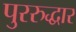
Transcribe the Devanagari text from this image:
पुररुद्धार